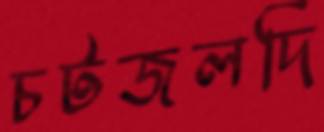
চটজলদি